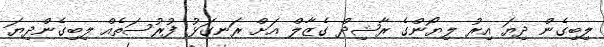
ލިބިގެން ދިޔަ އިރު ލިޔޯންގެ ރާޝިދް ގެޒާލް އަށް ރަނގަޅު ފުރުސަތެއް ލިބިގެންދިޔަ